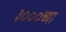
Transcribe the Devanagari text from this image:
३०००च्या